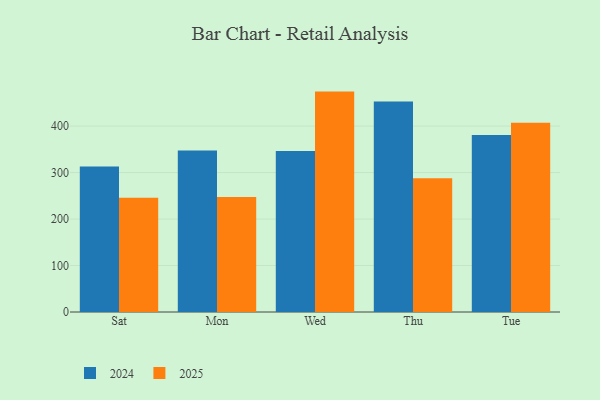
{"axis": {"x": "Day", "y": "Waste Production (Tons)"}, "legend": ["2024", "2025"], "data": [{"x": "Sat", "y": 312.8, "type": "2024"}, {"x": "Sat", "y": 245.9, "type": "2025"}, {"x": "Mon", "y": 347.7, "type": "2024"}, {"x": "Mon", "y": 247.6, "type": "2025"}, {"x": "Wed", "y": 346.3, "type": "2024"}, {"x": "Wed", "y": 474.2, "type": "2025"}, {"x": "Thu", "y": 453.1, "type": "2024"}, {"x": "Thu", "y": 287.5, "type": "2025"}, {"x": "Tue", "y": 380.7, "type": "2024"}, {"x": "Tue", "y": 407.0, "type": "2025"}]}